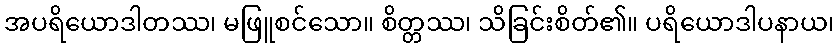
အပရိယောဒါတဿ၊ မဖြူစင်သော။ စိတ္တဿ၊ သိခြင်းစိတ်၏။ ပရိယောဒါပနာယ၊